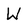
Character: W